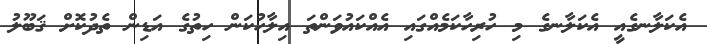
އެކަލާނގެއީ އެކަލާނގެ މި ހުރިހާކަމެއްގައި އެއްކައުވަންތަ އިލާހުކަން ހިތުގެ އަޑިން ތެދުކޮށް ޤަބޫލު